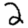
Digit: 2